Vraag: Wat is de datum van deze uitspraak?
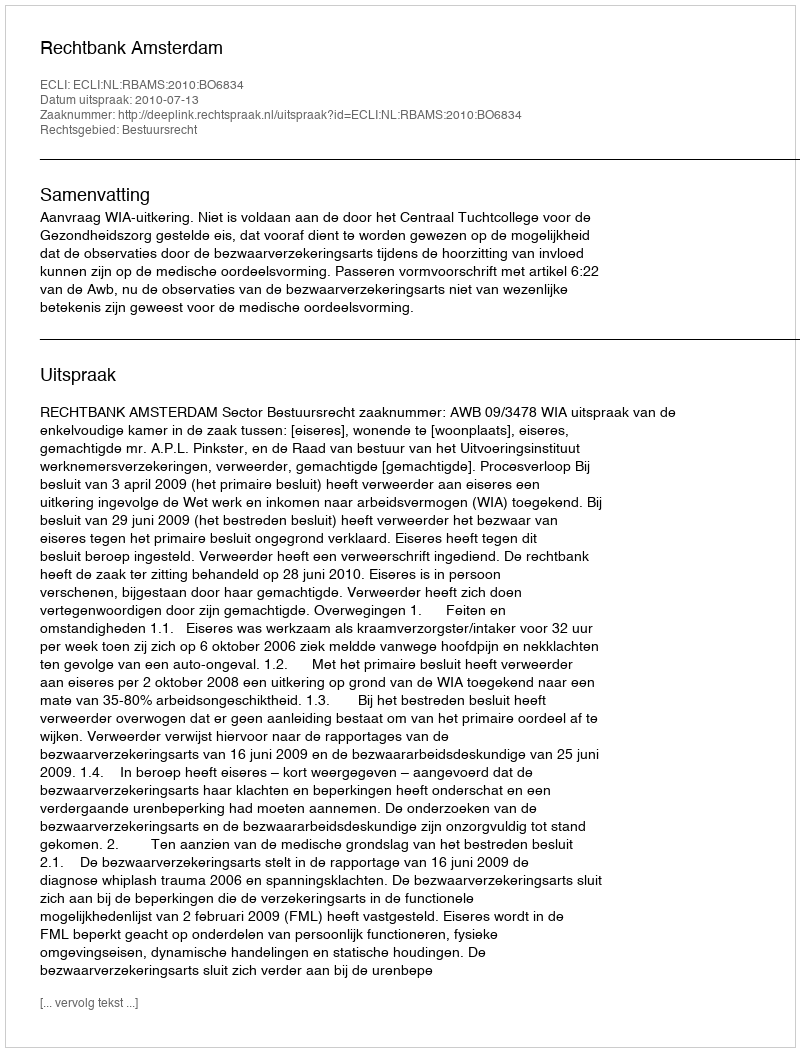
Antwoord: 2010-07-13